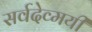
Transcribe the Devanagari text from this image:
सर्वदेव्मयी